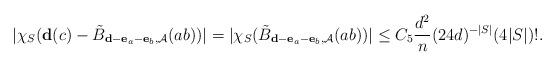
LaTeX: \begin{align*} |\chi_S ( \mathbf{d}(c) - \tilde{B}_{\mathbf{d} - \mathbf{e}_a - \mathbf{e}_b, \mathcal{A}} (ab) ) | = |\chi_S ( \tilde{B}_{\mathbf{d} - \mathbf{e}_a - \mathbf{e}_b, \mathcal{A}} (ab) ) | \leq C_5 \frac {d^2} {n} (24 d) ^ {-|S|} (4 |S|)! .\end{align*}